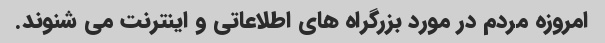
امروزه مردم در مورد بزرگراه های اطلاعاتی و اینترنت می شنوند.